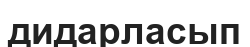
дидарласып